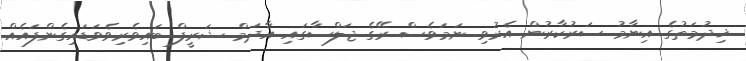
ޚިދުމަތުގެ އިނާމު ސަރުކާރުން އެރުވި ނަމަވެސް ރޭގެ ޖަލްސާގައި އާދަމް ޝަރީފް ބައިވެރިވެވަޑައިގެންފައެއް